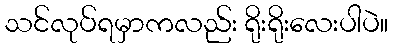
သင်လုပ်ရမှာကလည်း ရိုးရိုးလေးပါပဲ။